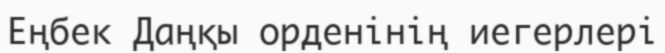
Еңбек Даңқы орденінің иегерлері